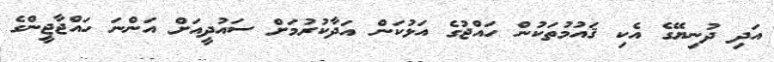
އަދި ދުނިޔޭގެ އެކި ޤައުމުތަކުން ހައްޖުގެ އަޅުކަން އަދާކުރުމަށް ސައުދީއަށް އަންނަ ހައްޖާޖީންގެ